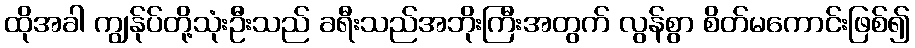
ထိုအခါ ကျွန်ုပ်တို့သုံးဦးသည် ခရီးသည်အဘိုးကြီးအတွက် လွန်စွာ စိတ်မကောင်းဖြစ်၍